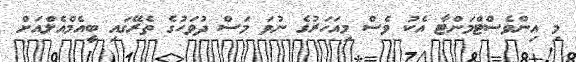
މި އިންވެސްޓްމަންޓާ އެކު ވެސް މިއަހަރުގެ ނުވަ މަސް ދުވަހުގެ ތެރޭގައި ބީއެމްއެލްއަށް